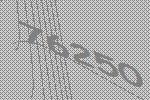
76250